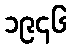
၁၉၄၆